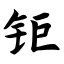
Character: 钜